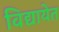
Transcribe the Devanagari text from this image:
विद्यायेत